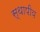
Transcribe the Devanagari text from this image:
स्थापीय